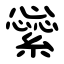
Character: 繠